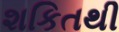
શકિતથી